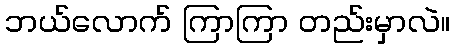
ဘယ်လောက် ကြာကြာ တည်းမှာလဲ။